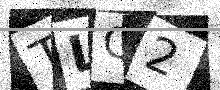
Text: TLQ2